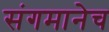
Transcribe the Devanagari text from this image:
संगमानेच